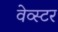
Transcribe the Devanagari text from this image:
वेव्स्टर